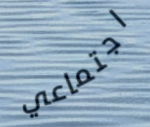
اجتماعي